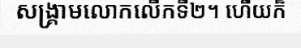
សង្គ្រាមលោកលើកទី២។ ហើយក៏